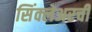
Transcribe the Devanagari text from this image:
सिंक्लेअरची